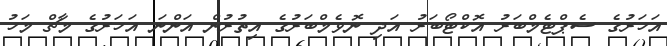
އަހަރުގެ ސެޕްޓެމްބަރު އޮކްޓޯބަރު އަދި ނޮވެމްބަރުގެ އިތުރުން އަންނަ އަހަރުގެ މާޗް މަހު